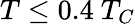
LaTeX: T\le 0.4~T_{C}